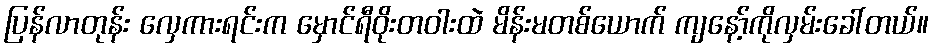
ပြန်လာတုန်း လှေကားရင်းက မှောင်ရီဝိုးတဝါးထဲ မိန်းမတစ်ယောက် ကျနော့်ကိုလှမ်းခေါ်တယ်။